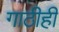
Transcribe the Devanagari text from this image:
गाठीही